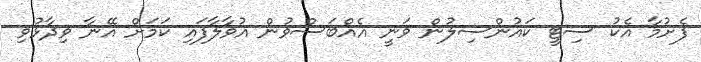
ފެށުމާ އެކު ސިޓީ ކައުންސިލުން ވަނީ އެއްބަސްވުން އުވާލާފައި ކަމަށް އޭނާ ވިދާޅުވި